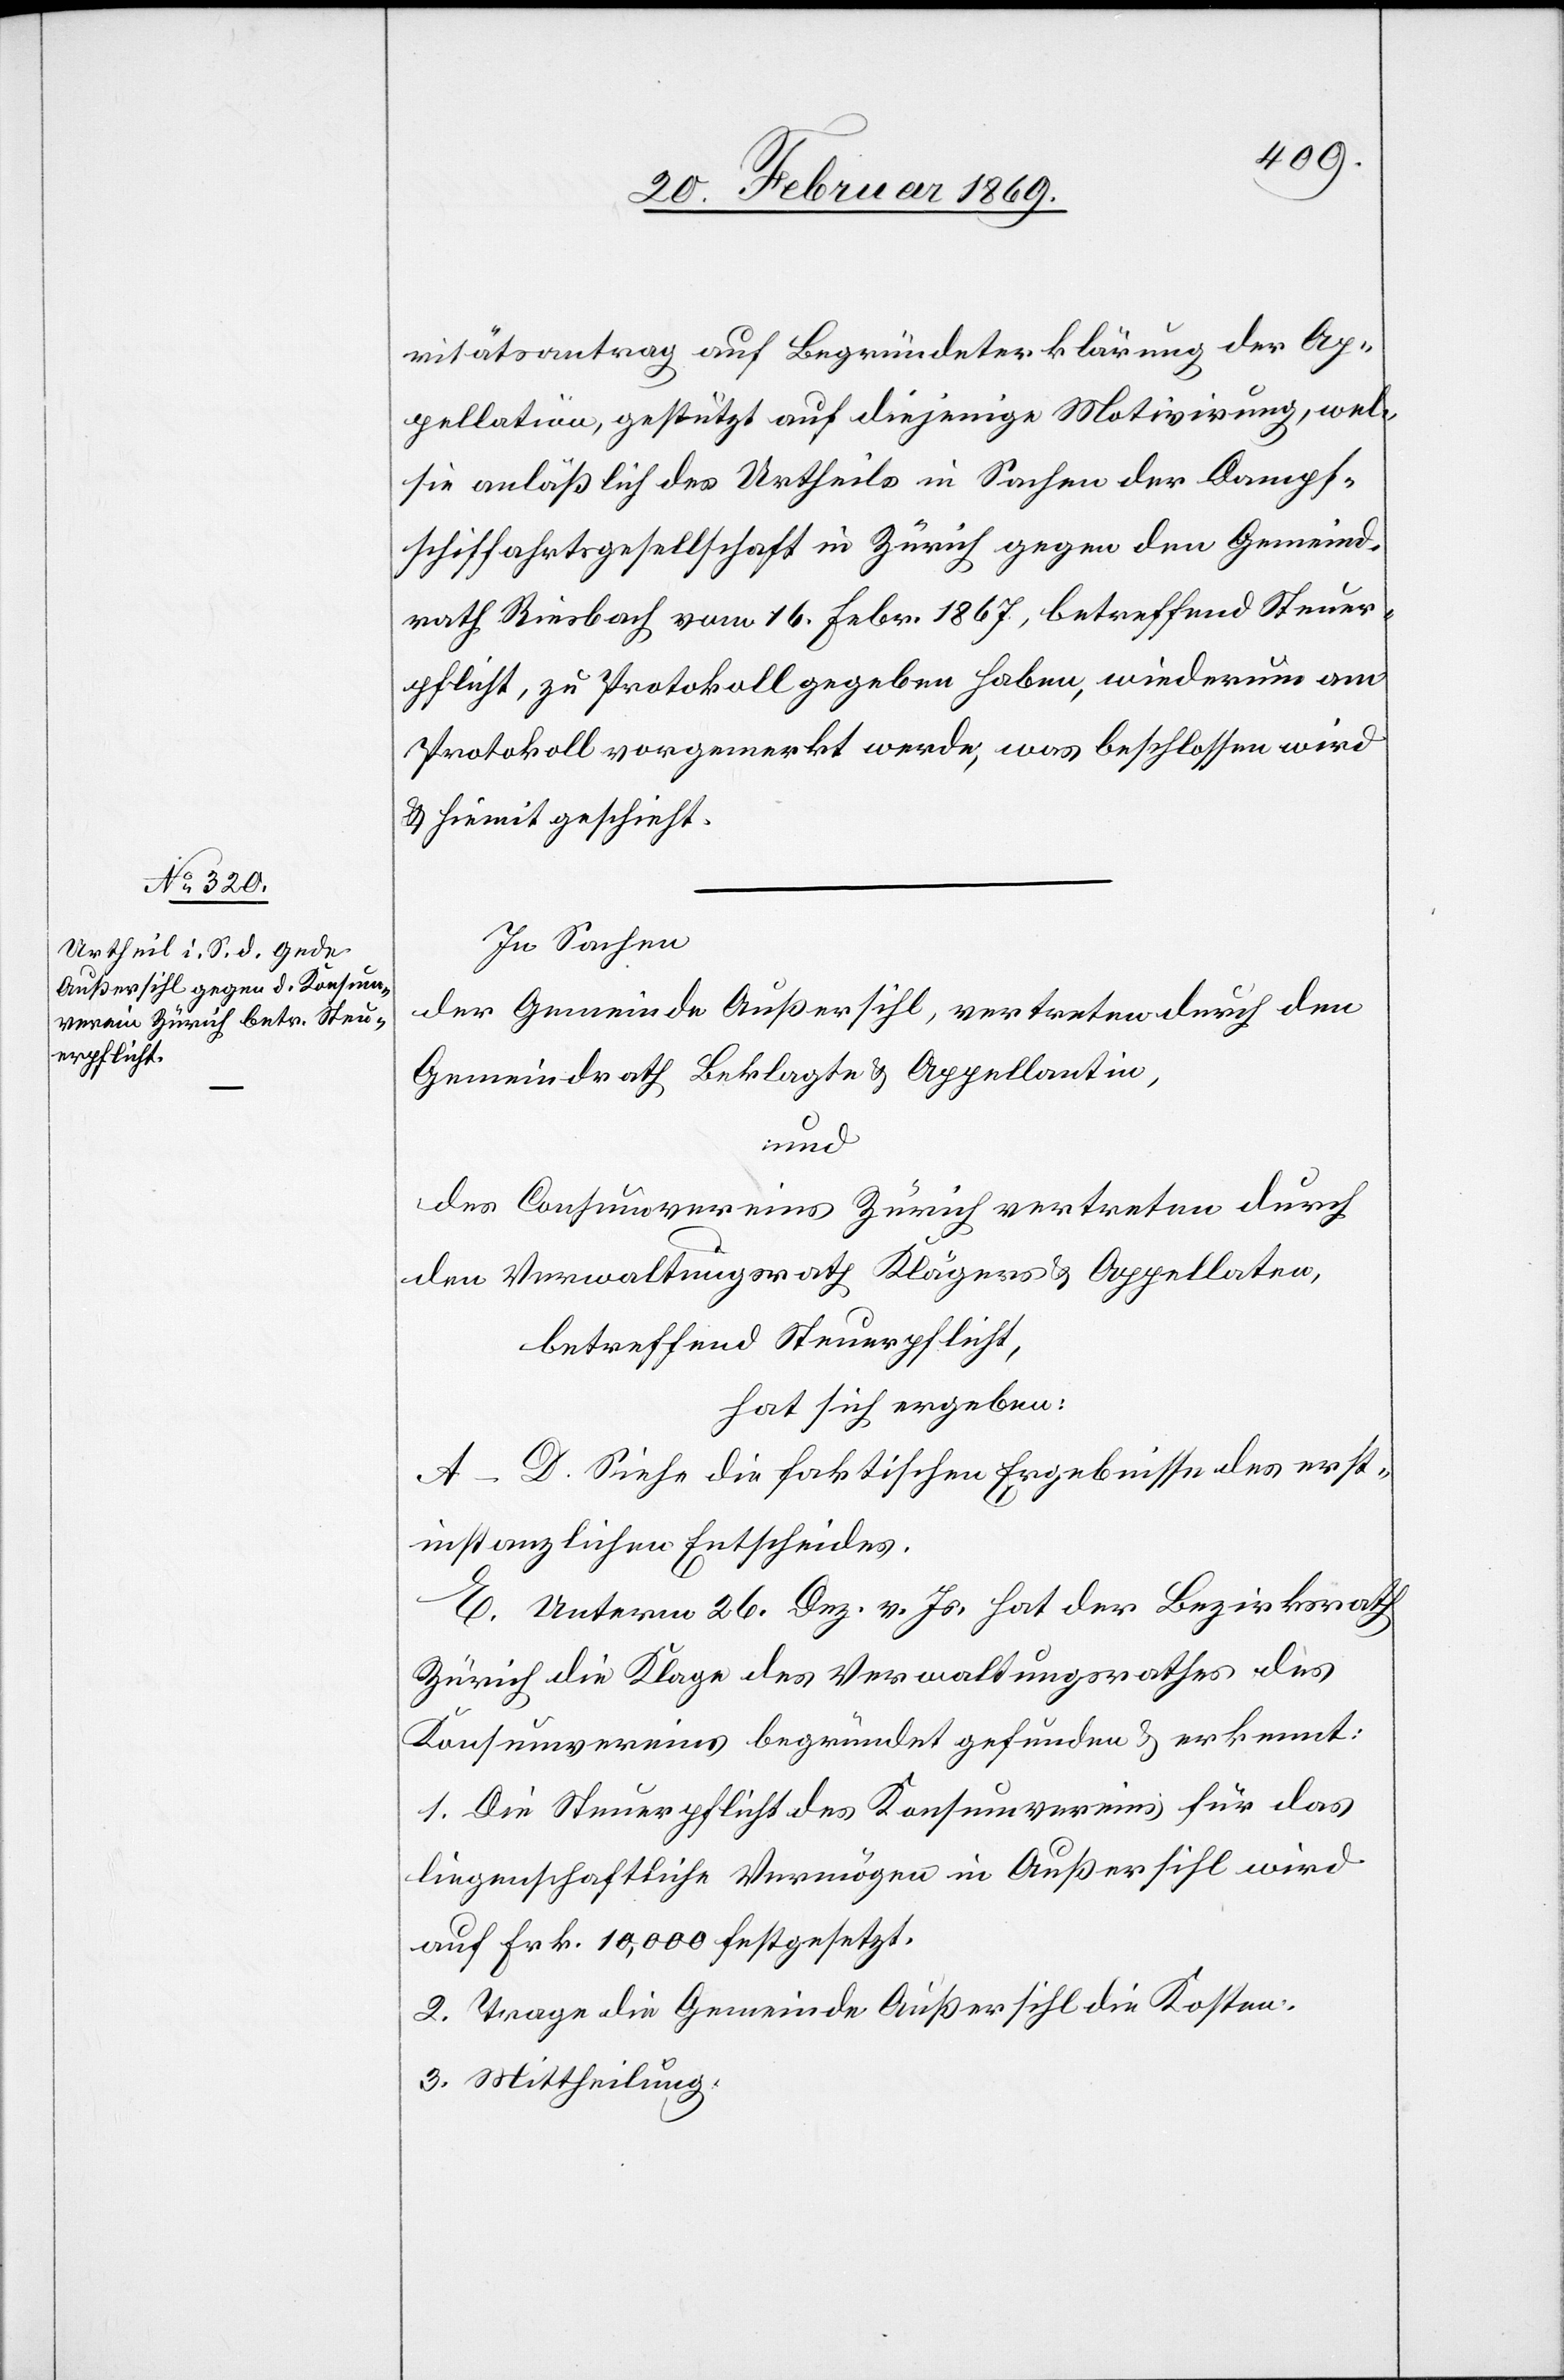
ritätsantrag auf Begründeter klärung [sic!]
Appellation, gestützt auf diejenige Motivirung, wel[che]
sie anläßlich des Urtheils in Sachen der Dampf¬
schiffahrtsgesellschaft in Zürich gegen den Gemeind¬
rath Riesbach vom 16. Febr. 1867, betreffend Steuer¬
pflicht, zu Protokoll gegeben haben, wiederum am
Protokoll vorgemerkt werde, was beschlossen wird
& hiemit geschieht.
In Sachen
der Gemeinde Außersihl, vertreten durch den
Gemeindrath Beklagte & Appellantin,
und
des Consumvereines Zürich vertreten durch
den Verwaltungsrath Klägers u. Appellaten,
betreffend Steuerpflicht,
hat sich ergeben:
A–D. Siehe die faktischen Ergebnisse des erst¬
instanzlichen Entscheides.
E. Unterm 26. Dez. v. Js. hat der Bezirksrath
Zürich die Klage des Verwaltungsrathes des
Konsumvereines begründet gefunden & erkennt:
1. Die Steuerpflicht des Konsumvereines für das
liegenschaftliche Vermögen in Außersihl wird
auf Frk. 10,000 festgesetzt.
2. Trage die Gemeinde Außersihl die Kosten.
3. Mittheilung.